Lunatic asylums United Prov. 1922-30 - 1922-1930
Year: 1922
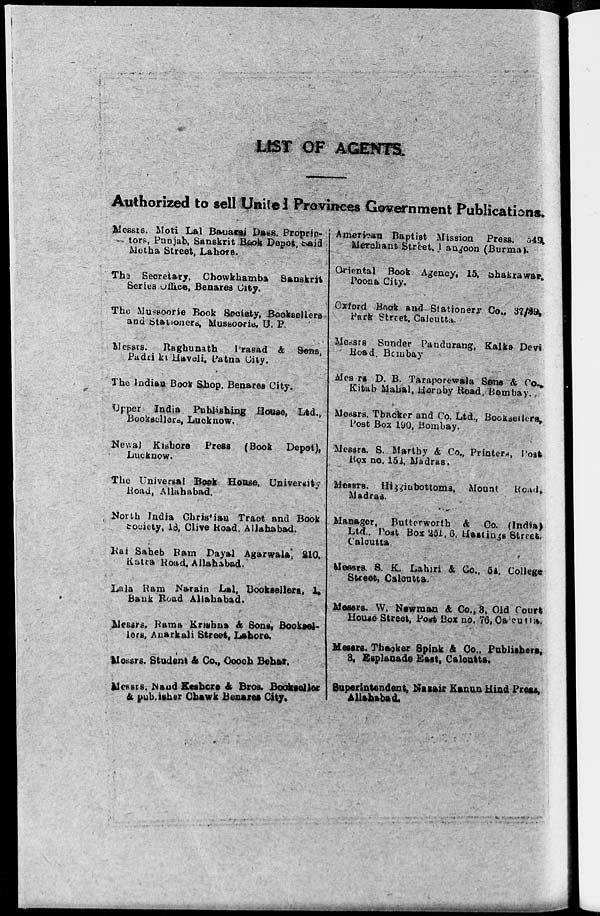
LIST OF AGENTS.
Authorized to sell United Provinces Government Publications.
Messrs Moti Lal Banaraj dass. Proprie-
tors, Punjab, Sanskrit Book Depot, said
Metha Street, Lahore.
The Secretary, Chowkhamba
Sanskrit
Series Office, Benares City.
The Mussoorie Book Society, Booksellers
and Stationers, Mussooris, U. P.
Messrs.
Raghunath
Prasad & Sons,
Padri ki Haveli, Patna City.
The Indian Book Shop, Benares City.
Upper
India Publishing House, Ltd.,
Booksellers, Lucknow.
Newal Kishore
Press (Book
Depot),
Lucknow.
The Universal Book House, University
Road, Allahabad.
North India Christian Tract and Book
society, 18, Clive Road, Allahabad.
Rai Saheb Ram Dayal Agarwala, 210,
Katra Road, Allahabad.
Lala Ram Narain Lal, Booksellers, 1.
Bank Road Allahabad.
Messrs. Rama Krishna & Sons, Booksel-
lers, Anarkali Street, Lahore.
Messrs. Student & Co., Cooch Behar.
Messrs. Nand Keshore & Bros. Bookseller
& publisher Chawk Benares City.
American Baptist Mission Press, 549,
Merchant Street, Langoon (Burma).
Oriental Book Agency, 15. Shakrawar,
Poona City,
Oxford Book and Stationery Co., 37/39,
Park Street, Calcutta.
Messrs Sunder Pandurang, Kalka Devi
Road, Bombay
Messrs D. B. Tarapotewala Sons & Co.,
Kitab Mahal, Hornby Road, Bombay.
Messrs. Thacker and Co. Ltd., Booksellers,
Post Box 190, Bombay.
Messrs. S. Marthy & Co., Printers, Post
Box no. 152, Madras.
Messrs. Higginbottoms, Mount
Road.
Madras.
Manager, Butterworth & Co. (India)
Ltd., Post Box 251, 6, Hastings Street,
Calcutta.
Messrs. S. K. Lahiri & Co., 54, College
Street, Calcutta.
Messrs. W. Newman & Co., 3, Old Court
House Street, Post Box no. 76, Calcutta.
Messrs. Thacker Spink & Co., Publishers,
3, Esplanade East, Calcutta.
Superintendent, Nazair Kanun Hind Press,
Allahabad.